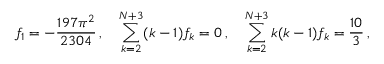
f _ { 1 } = - \frac { 1 9 7 \pi ^ { 2 } } { 2 3 0 4 } \, , \quad \sum _ { k = 2 } ^ { N + 3 } ( k - 1 ) f _ { k } = 0 \, , \quad \sum _ { k = 2 } ^ { N + 3 } k ( k - 1 ) f _ { k } = \frac { 1 0 } 3 \, ,